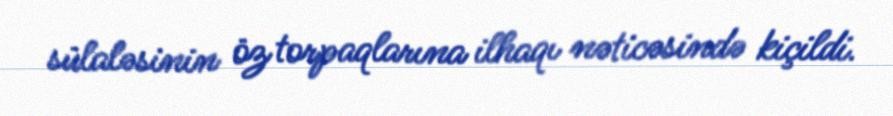
sülaləsinin öz torpaqlarına ilhaqı nəticəsində kiçildi.